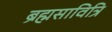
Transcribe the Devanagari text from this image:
ब्रह्मसावित्रि